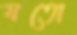
যতো